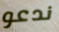
ندعو